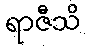
ရာဇီသိ